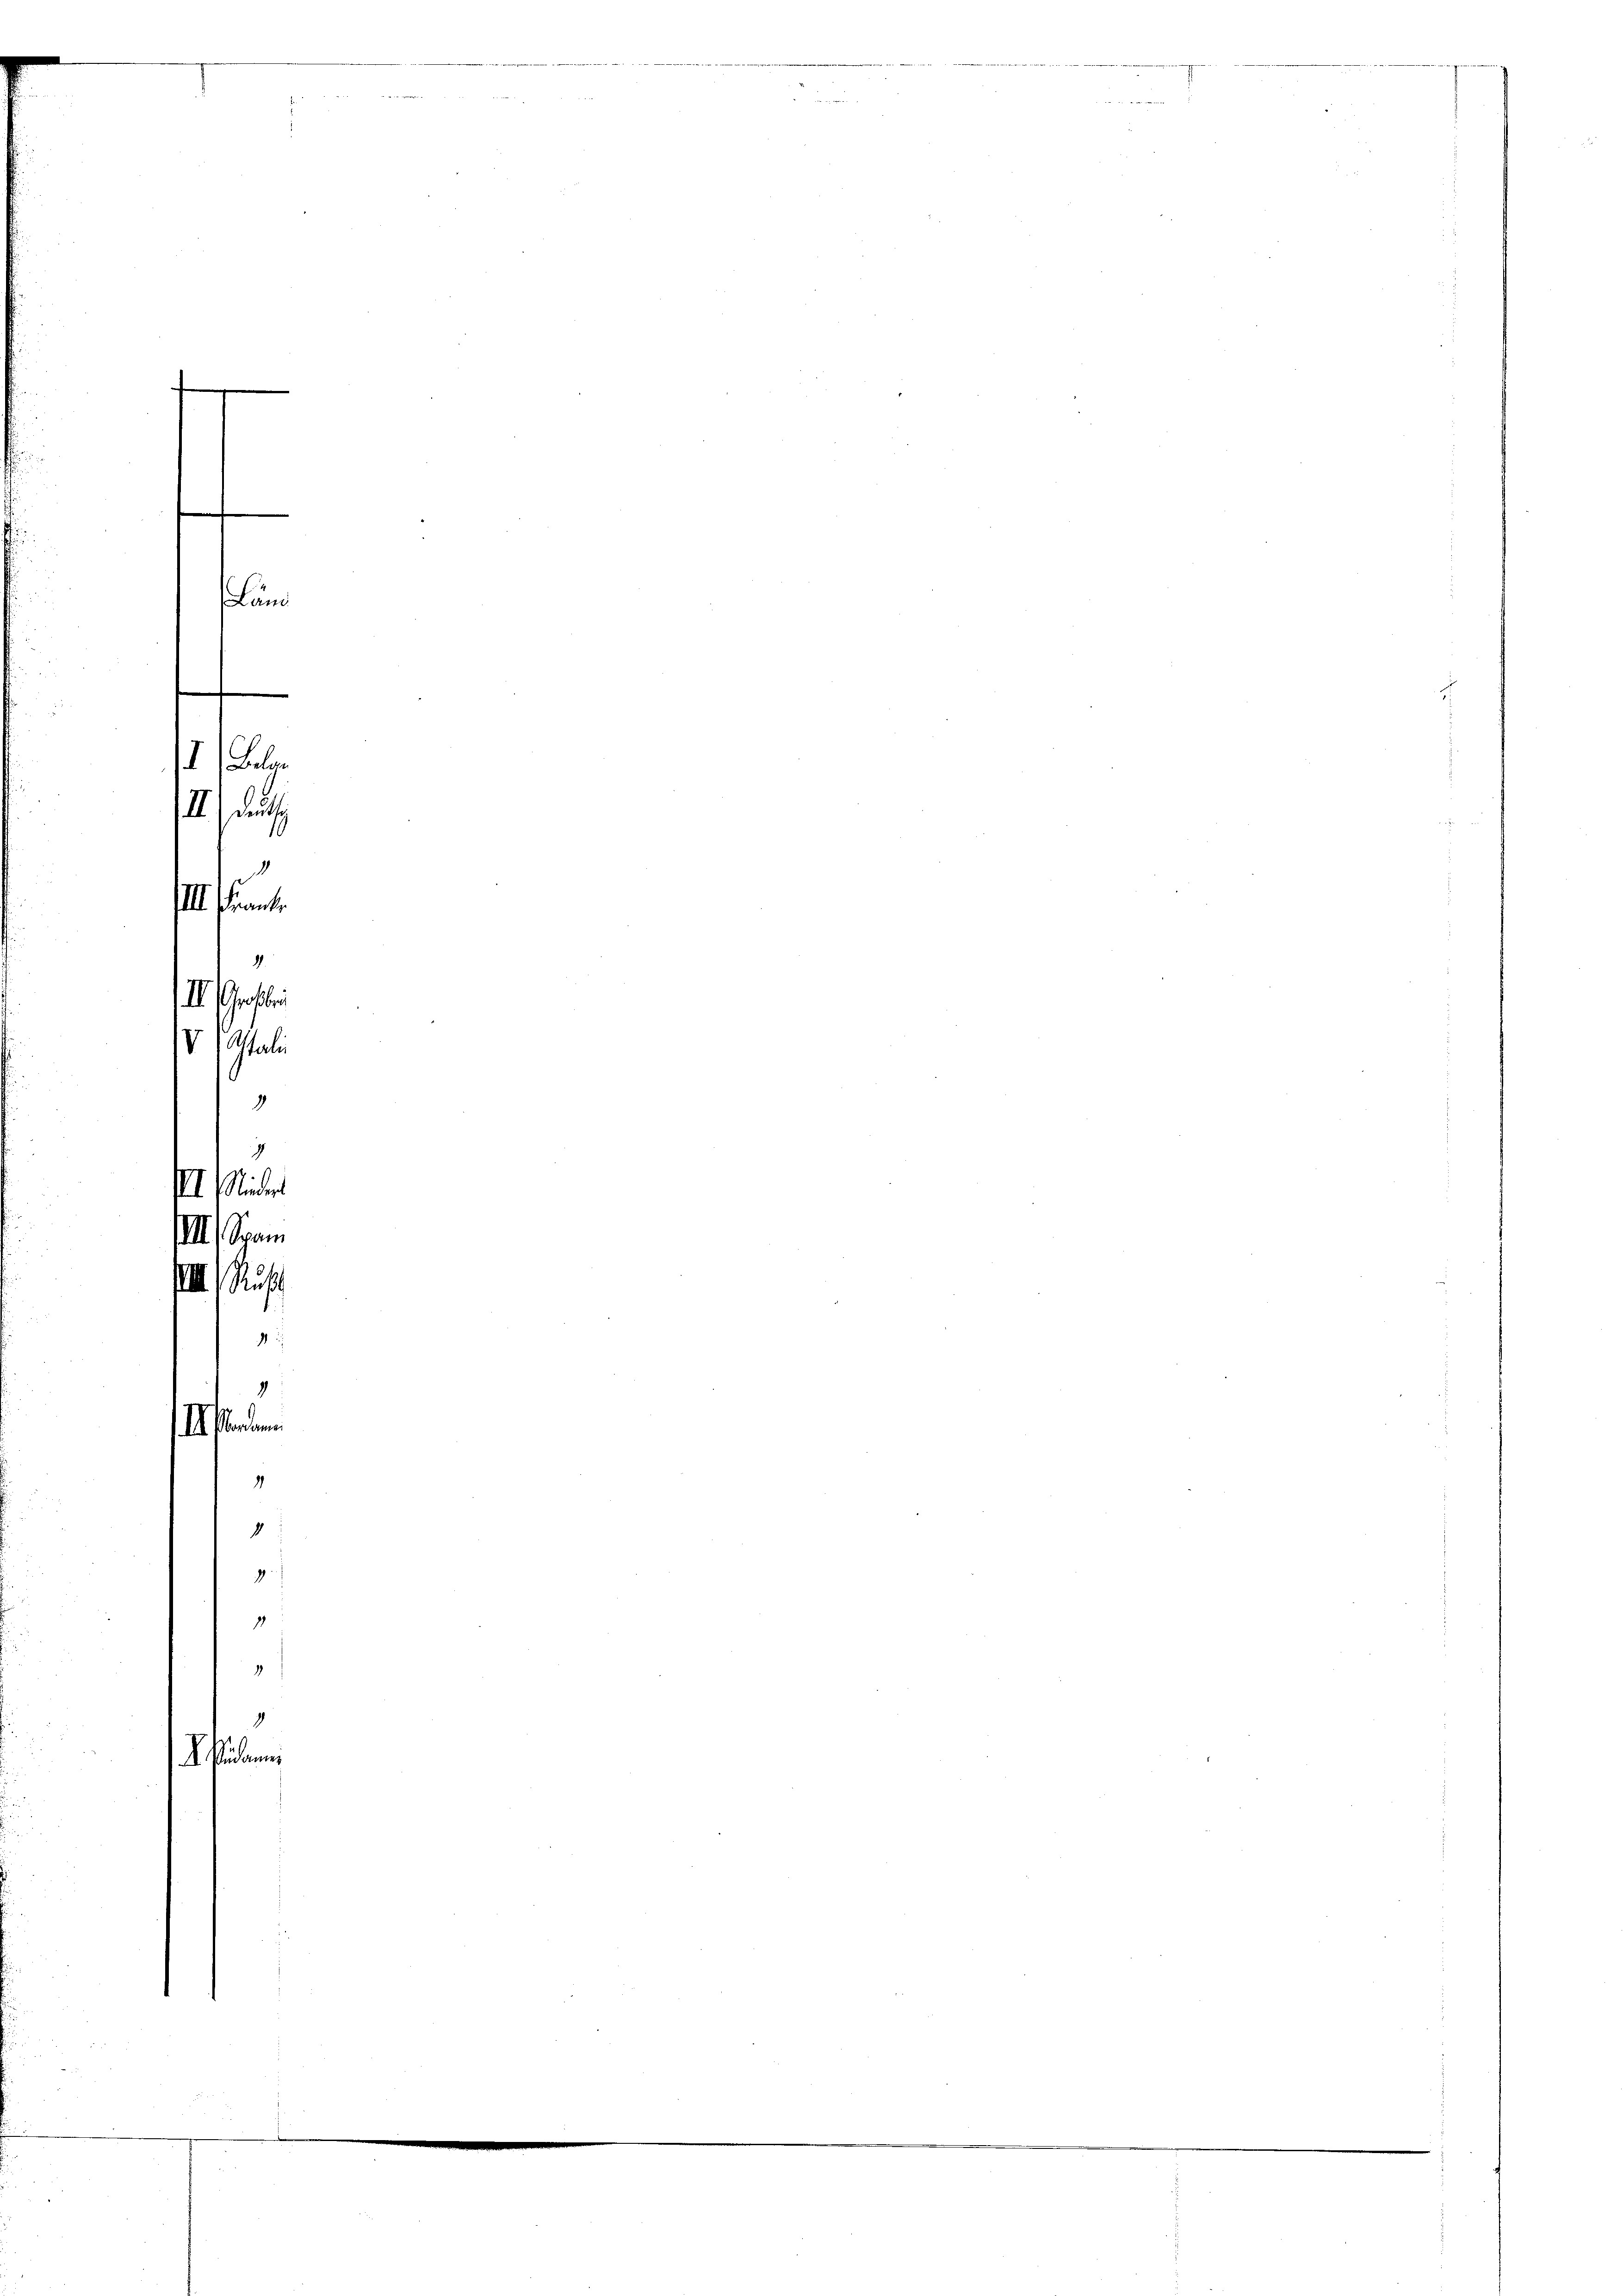
S. dann

Land

4.
II Octbr
IV 1 Astuli
9
7
II. Minder

I) Belan
III. Seite
III. Frant

4
ordamen

1
4
g

17
d
1